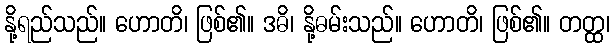
နို့ရည်သည်။ ဟောတိ၊ ဖြစ်၏။ ဒဓိ၊ နို့ဓမ်းသည်။ ဟောတိ၊ ဖြစ်၏။ တတ္ထ၊